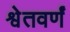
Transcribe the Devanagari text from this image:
श्वेतवर्णं